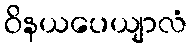
ဝိနယပေယျာလံ